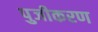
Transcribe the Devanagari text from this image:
पुजीकरण